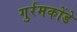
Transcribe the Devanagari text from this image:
गुर्रमकोंडे